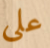
على